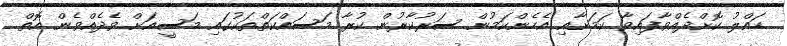
ހައްލު ކޮށްދެއްވާފައިވާ ކަމަށާއި އެހެންކަމުން ސަރުކާރުން ކުރާ މަސައްކަތްތަކުގައި މަސީއަށް ވެދެއްވެން އޮތް